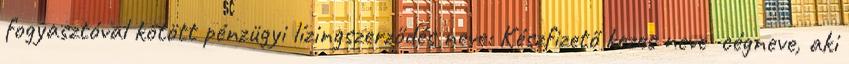
fogyasztóval kötött pénzügyi lízingszerződés neve: Készfizető kezes neve cégneve, aki